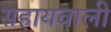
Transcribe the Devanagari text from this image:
सहायवाली